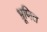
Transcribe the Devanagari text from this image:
भ्रूणित